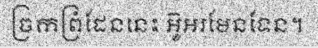
ច្រកព្រំដែននេះ អ៊ូអរមែនទែន។